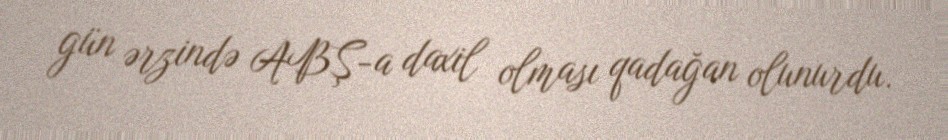
gün ərzində ABŞ-a daxil olması qadağan olunurdu.